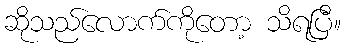
ဆိုသည်လောက်ကိုတော့ သိရပြီ။